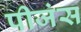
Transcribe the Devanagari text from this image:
पीजंस